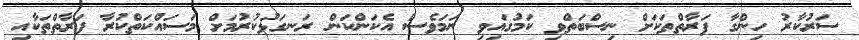
ސަރުކާރު ހިންގާ ފަރާތްތަކަށް ނިސްބަތްވި ކަމުގައިވި ނަމަވެސް އެކަންކަން ރަނގަޅުކުރުމަށް މަސައްކަތްކުރާ ފަރާތްތަކާއި